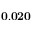
\mathbf { 0 . 0 2 0 }